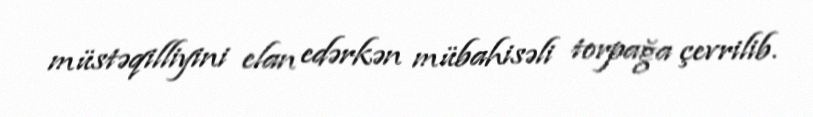
müstəqilliyini elan edərkən mübahisəli torpağa çevrilib.